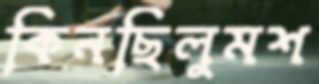
কিনছিলুমশ